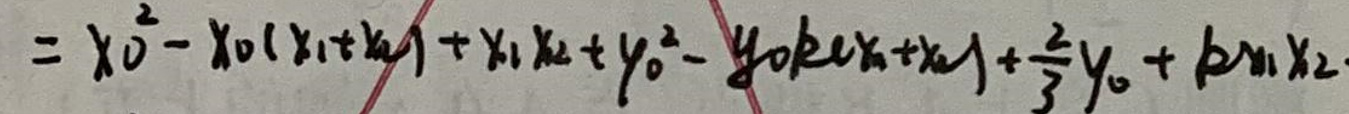
$= x _ { 0 } ^ { 2 } - x _ { 0 } ( x _ { 1 } + x _ { 2 } ) + x _ { 1 } x _ { 2 } + y _ { 0 } ^ { 2 } - y _ { 0 } k ( x _ { 2 } + x _ { 1 } ) + \frac { 2 } { 3 } y _ { 0 } + k x _ { 1 } x _ {2 }$